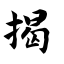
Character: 揭